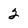
Character: 2